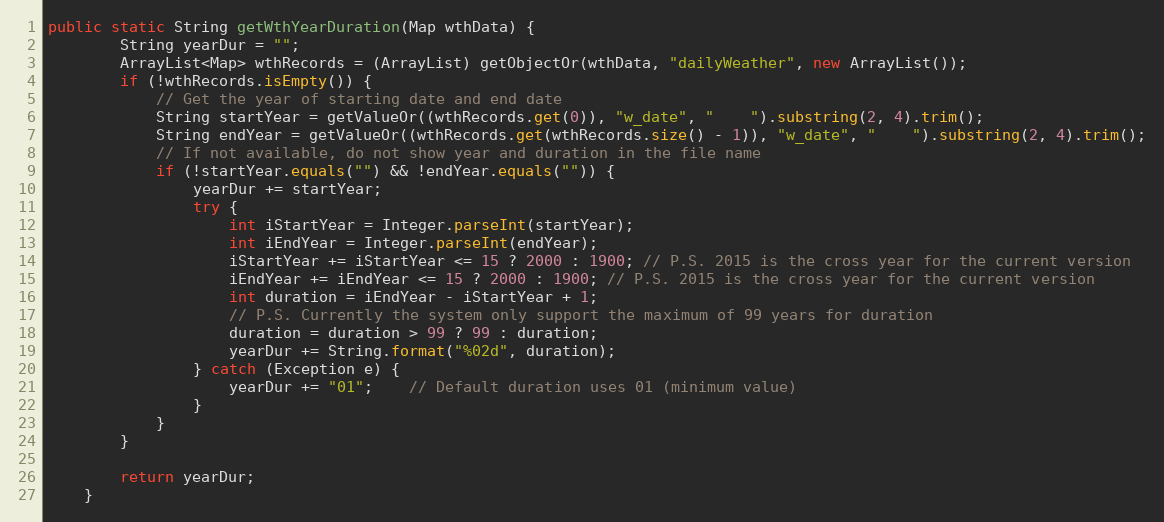
Language: Java
public static String getWthYearDuration(Map wthData) {
        String yearDur = "";
        ArrayList<Map> wthRecords = (ArrayList) getObjectOr(wthData, "dailyWeather", new ArrayList());
        if (!wthRecords.isEmpty()) {
            // Get the year of starting date and end date
            String startYear = getValueOr((wthRecords.get(0)), "w_date", "    ").substring(2, 4).trim();
            String endYear = getValueOr((wthRecords.get(wthRecords.size() - 1)), "w_date", "    ").substring(2, 4).trim();
            // If not available, do not show year and duration in the file name
            if (!startYear.equals("") && !endYear.equals("")) {
                yearDur += startYear;
                try {
                    int iStartYear = Integer.parseInt(startYear);
                    int iEndYear = Integer.parseInt(endYear);
                    iStartYear += iStartYear <= 15 ? 2000 : 1900; // P.S. 2015 is the cross year for the current version
                    iEndYear += iEndYear <= 15 ? 2000 : 1900; // P.S. 2015 is the cross year for the current version
                    int duration = iEndYear - iStartYear + 1;
                    // P.S. Currently the system only support the maximum of 99 years for duration
                    duration = duration > 99 ? 99 : duration;
                    yearDur += String.format("%02d", duration);
                } catch (Exception e) {
                    yearDur += "01";    // Default duration uses 01 (minimum value)
                }
            }
        }

        return yearDur;
    }